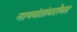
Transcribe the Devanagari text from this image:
नामवंतांबरोबर